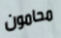
محامون